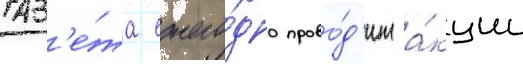
Газ'е́та ежего́дно прово́д'ит а́кции